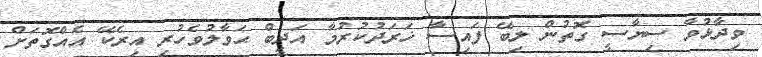
ވިދާޅުވާ ސިޔާސީ ގޮތުން ލިބޭ ފައިސާ ޚަރަދުކުރުމާ އަދީބް ޙަވާލުވެހުރި އިރެކޭ އެއްގޮތަށް